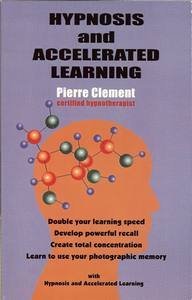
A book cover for Hypnosis and Accelerated Learning; Pierre Clement; Self-Help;